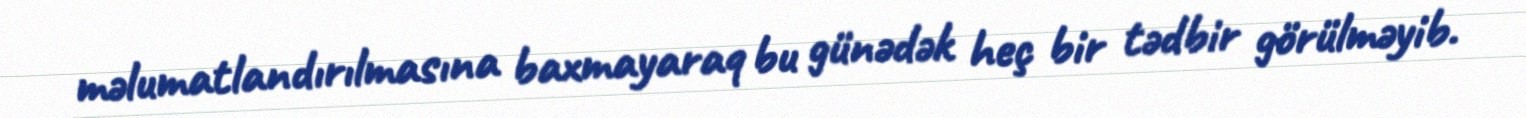
məlumatlandırılmasına baxmayaraq bu günədək heç bir tədbir görülməyib.